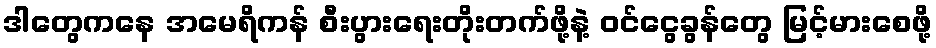
ဒါတွေကနေ အမေရိကန် စီးပွားရေးတိုးတက်ဖို့နဲ့ ဝင်ငွေခွန်တွေ မြင့်မားစေဖို့